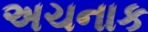
અચનાક